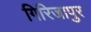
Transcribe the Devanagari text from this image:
गिरिजापुर